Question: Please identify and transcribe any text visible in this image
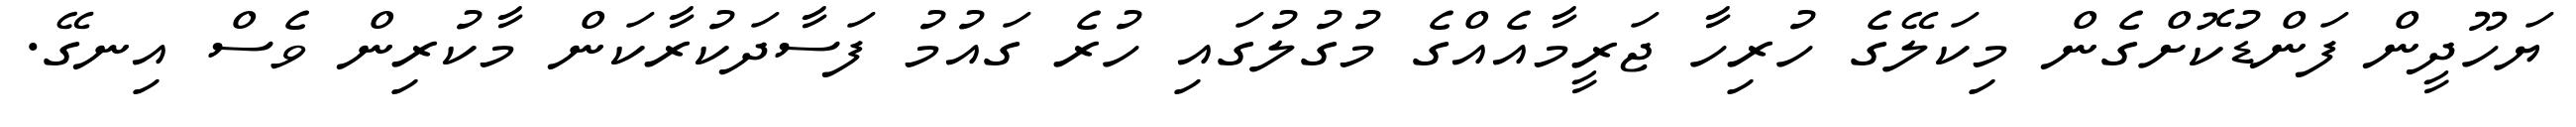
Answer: ޔަހޫދީން ފަންޑުކޮށްގެން މިކަލޭގެ ހުރިހާ ޖަރީމާއެއްގެ މުގުލުގައި ހުރެ ގައުމު ފަސާދަކުރާކަން މާކުރިން ވެސް އިނގޭ.